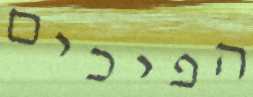
הפיכים